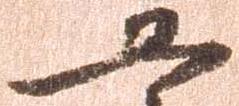
恐